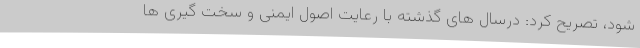
شود، تصریح کرد: درسال های گذشته با رعایت اصول ایمنی و سخت گیری ها